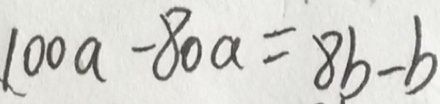
1 0 0 a - 8 0 a = 8 b - b